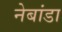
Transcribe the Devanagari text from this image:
नेबांडा